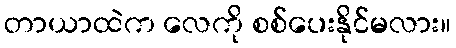
တာယာထဲက လေကို စစ်ပေးနိုင်မလား။